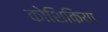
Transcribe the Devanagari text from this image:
कोशिकिया